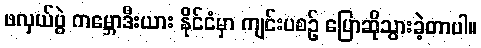
ဖလှယ်ပွဲ ကမ္ဘောဒီးယား နိုင်ငံမှာ ကျင်းပစဉ် ပြောဆိုသွားခဲ့တာပါ။